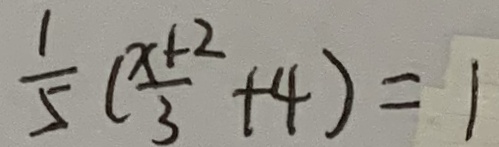
\frac { 1 } { 5 } ( \frac { x + 2 } { 3 } + 4 ) = 1